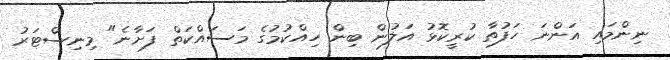
ނިންމައި އަންނަ ހަފުތާ ކުރީކޮޅު އަލުން ބިން ހިއްކުމުގެ މަސައްކަތް ފަށާނެ" މިނިސްޓަރު